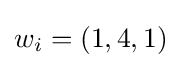
w_{i}=(1,4,1)